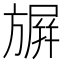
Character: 𭥀